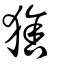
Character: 猞